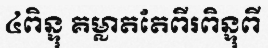
៤ពិន្ទុ គម្លាតតែពីរពិន្ទុពី